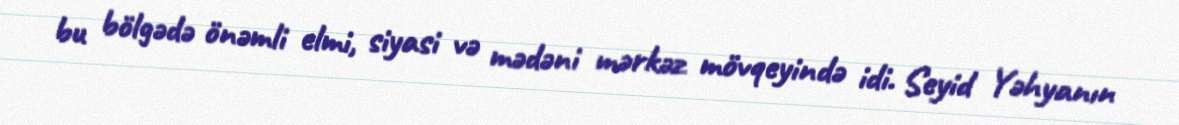
bu bölgədə önəmli elmi, siyasi və mədəni mərkəz mövqeyində idi. Seyid Yəhyanın